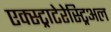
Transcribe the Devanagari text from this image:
एक्स्ट्राटेरेस्ट्रिअल